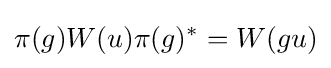
\pi (g)W(u)\pi (g)^{*}=W(gu)